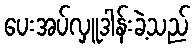
ပေးအပ်လှူဒါန်းခဲ့သည်